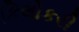
કિલોકરી